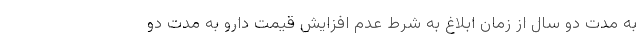
به مدت دو سال از زمان ابلاغ به شرط عدم افزایش قیمت دارو به مدت دو